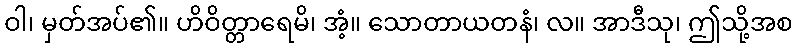
ဝါ၊ မှတ်အပ်၏။ ဟိဝိတ္တာရေမိ၊ အံ့။ သောတာယတနံ၊ လ။ အာဒီသု၊ ဤသို့အစ